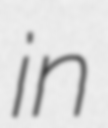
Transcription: in